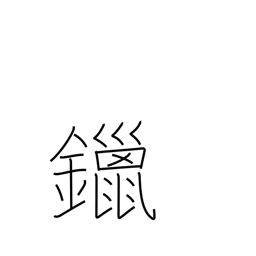
Meaning: solder